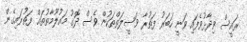
ރައީސް ވިދާޅުވެފައި ވަނީ ހަބަރު ފަތުރާ ވަސީލަތްތަކުން ވެސް ދޮގު މައުލޫމާތުތައް ފަތުރައިގެން